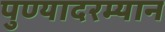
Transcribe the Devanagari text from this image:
पुण्यादरम्यान